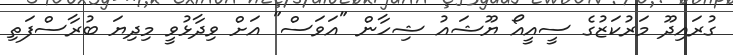
ގުރައިދޫ މަރުކަޒުގެ ސީއީއޯ ޔޫޝައު ޝިހާން "އަވަސް" އަށް ވިދާޅުވީ މިދިޔަ ބުރާސްފަތި